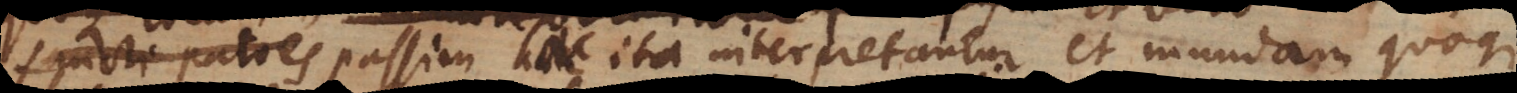
sancti patres passim haec ita interpretantur, et mundam quoque